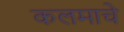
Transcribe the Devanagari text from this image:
कलमाचे